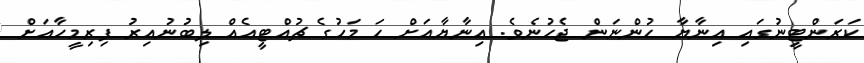
ކަރަންޓީނުގައި އިނާޔާ ހުންނަން ޖެހުނެވެ. އިނާޔާއަށް ހަ މަހުގެ ޗުއްޓީއެއް ލިބުނުއިރު ފިރިމީހާއަށް